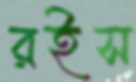
রইস